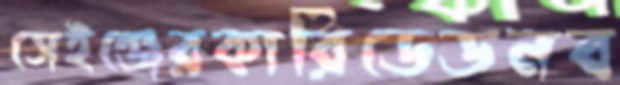
সেইঞ্জেরকারিডেডনব